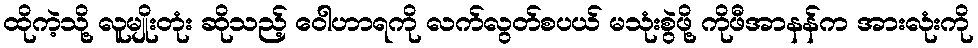
ထိုကဲ့သို့ လူမျိုးတုံး ဆိုသည့် ဝေါဟာရကို လက်လွတ်စပယ် မသုံးစွဲဖို့ ကိုဖီအာနန်က အားလုံးကို